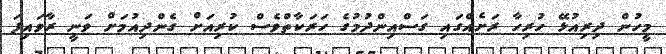
މީހުން ދިރިއުޅޭ ހުރިހާ ރަށެއްގައި ގަސްއިންދުމުގެ ހަރަކާތްވެސް ކުރިއަށް ގެންދިއުމަށް ވަނީ ރާވައިފަ